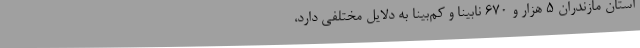
استان مازندران 5 هزار و 670 نابینا و کم‌بینا به دلایل مختلفی دارد،